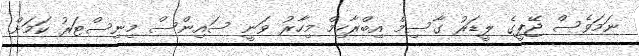
ނަމަވެސް ޖޭޕީގެ ލީޑަރު ގާސިމް އިބްރާހިމް މިހާރު ވަނީ ސައިންސް މިނިސްޓަރު ކަމަށް